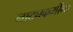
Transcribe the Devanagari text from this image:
नाट्यकर्मींना